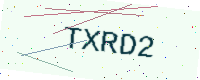
Text: TXRD2